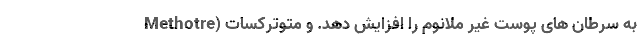
به سرطان های پوست غیر ملانوم را افزایش دهد. و متوترکسات (Methotre